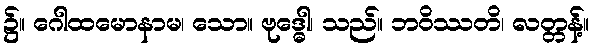
၌။ ဂေါထမောနာမ၊ သော။ ဗုဒ္ဓေါ၊ သည်။ ဘဝိဿတိ၊ လတ္တန့်။